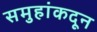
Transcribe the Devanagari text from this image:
समुहांकदून